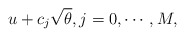
\begin{align*}u + c_j \sqrt{\theta}, j = 0, \cdots, M,\end{align*}